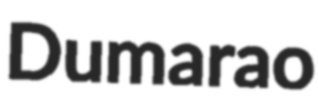
Dumarao